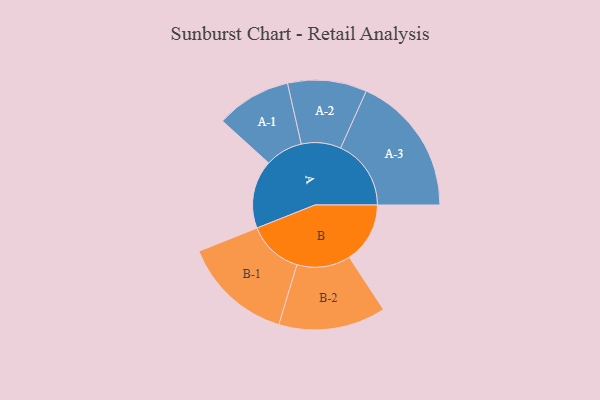
{"axis": {"x": "Segment", "y": "Value"}, "legend": ["", "A", "B"], "data": [{"x": "A", "y": 268, "type": ""}, {"x": "B", "y": 238, "type": ""}, {"x": "A-1", "y": 147, "type": "A"}, {"x": "A-2", "y": 155, "type": "A"}, {"x": "A-3", "y": 276, "type": "A"}, {"x": "B-1", "y": 216, "type": "B"}, {"x": "B-2", "y": 210, "type": "B"}]}